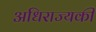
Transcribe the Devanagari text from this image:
अधिराज्यकी